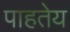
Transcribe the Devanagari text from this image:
पाहतेय